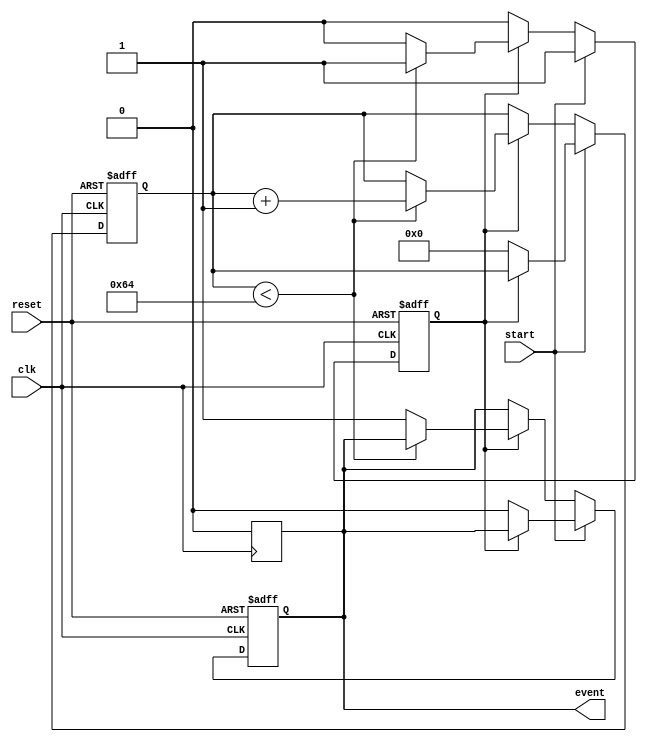
module timer_event_control #(
    parameter TIME_INTERVAL = 100 // Default time interval in simulation time units
)(
    input wire clk,                // Clock signal
    input wire start,              // Start signal
    input wire reset,              // Reset signal
    output reg event               // Event signal
);

    reg [31:0] counter;            // Counter to track elapsed time
    reg counting;                  // State to indicate if the timer is counting

    // Always block to handle timer counting and event generation
    always @(posedge clk or posedge reset) begin
        if (reset) begin
            // Reset the timer
            counter <= 0;
            counting <= 0;
            event <= 0;
        end else if (start) begin
            // Start counting if not already counting
            if (!counting) begin
                counting <= 1;
                counter <= 0; // Reset counter when starting
                event <= 0;   // Clear event signal
            end
        end else if (counting) begin
            // Increment counter if counting
            if (counter < TIME_INTERVAL) begin
                counter <= counter + 1;
            end else begin
                // Timer reached the time interval
                event <= 1; // Assert event signal
                counting <= 0; // Stop counting
            end
        end
    end

    // Optional: Logic to clear the event signal after a defined duration
    // This can be adjusted based on specific design requirements
    always @(posedge clk) begin
        if (event) begin
            // Clear the event signal after one clock cycle
            event <= 0;
        end
    end

endmodule